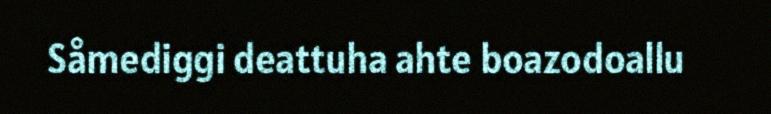
Såmediggi deattuha ahte boazodoallu